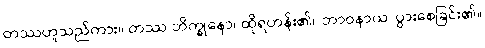
တဿဟူသည်ကား။ တဿ ဘိက္ခုနော၊ ထိုရဟန်း၏။ ဘာဝနာယ၊ ပွားစေခြင်း၏။